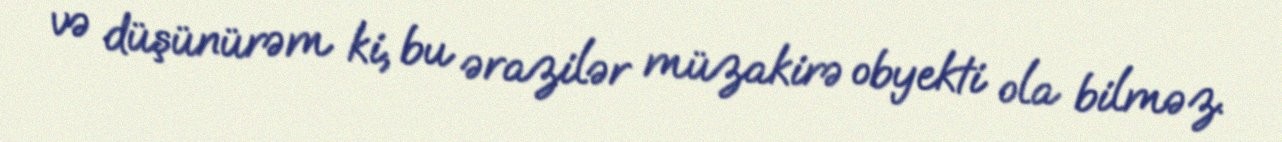
və düşünürəm ki, bu ərazilər müzakirə obyekti ola bilməz.